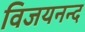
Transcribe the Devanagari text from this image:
विजयनन्द